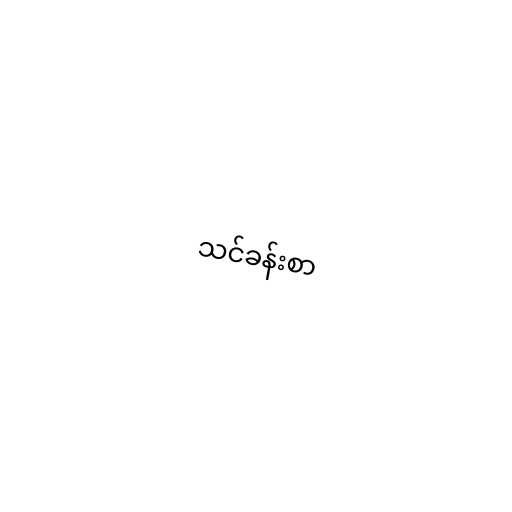
သင်ခန်းစာ